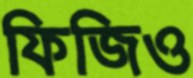
ফিজিও